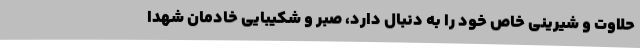
حلاوت و شیرینی خاص خود را به دنبال دارد، صبر و شکیبایی خادمان شهدا